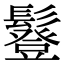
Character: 𩯇